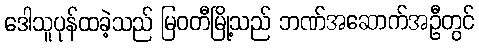
ဒေါသူပုန်ထခဲ့သည် မြဝတီမြို့သည် ဘဏ်အဆောက်အဦတွင်